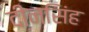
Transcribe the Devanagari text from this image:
दीनसिंह